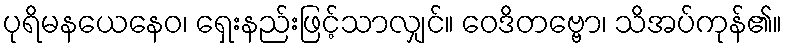
ပုရိမနယေနေဝ၊ ရှေးနည်းဖြင့်သာလျှင်။ ဝေဒိတဗ္ဗော၊ သိအပ်ကုန်၏။